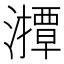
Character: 𤁡